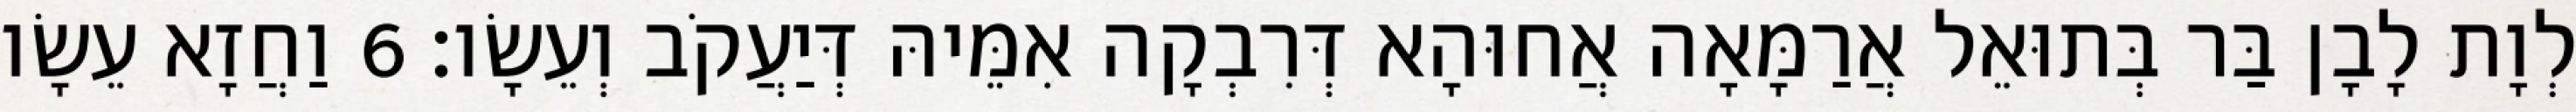
לְוָת לָבָן בַּר בְּתוּאֵל אֲרַמָּאָה אֲחוּהָא דְּרִבְקָה אִמֵּיהּ דְּיַעֲקֹב וְעֵשָׂו׃ 6 וַחֲזָא עֵשָׂו